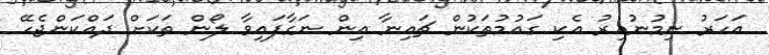
އަހަރު ނިމުނުއިރު އެކި ގައުމުތަކުން ޗައިނާ އިން ނަގާފައިވާ ލޯން ތަކަށް ދައްކަންޖެހޭ